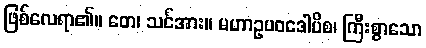
ဖြစ်လေရာ၏။ တေ၊ သင်အား။ မဟာဥပဝဒေါပိစ၊ ကြီးစွာသော